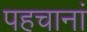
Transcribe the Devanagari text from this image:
पहचानां